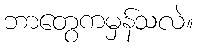
ဘာတွေကမှန်သလဲ။